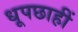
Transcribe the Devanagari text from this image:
धूपछाहीं